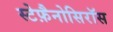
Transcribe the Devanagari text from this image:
स्टेफ़ैनोसिरॉस